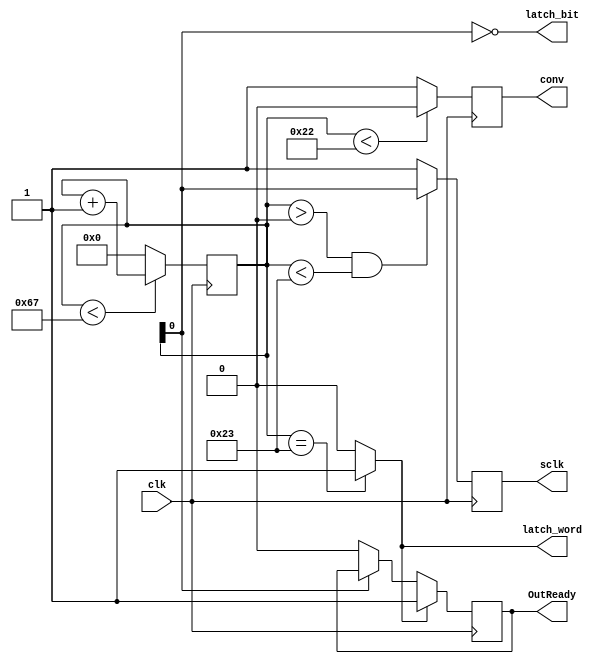
/* -*- Mode: Verilog; tab-width: 4; indent-tabs-mode: nil; c-basic-offset: 4 -*-   */
/* ex: set filetype=v softtabstop=4 shiftwidth=4 tabstop=4 cindent expandtab:      */

/*******************************************************************************
 *
 * Copyright(C) 2011-2022 ERC CISST, Johns Hopkins University.
 *
 * Module: LTC1864x4
 *
 * Purpose: Reads data from a group of 4 LTC2601 set up with common
 *          conv & sclk inputs and providing 4 discrete data outputs.
 *          The common conv & sclk are handled by a separate module
 *          (LTC1864SPI) to allow more common channels.
 *
 * Theory of operation:
 *     Conversion is initiated by taking the conv line high for at least
 *     4.66 us, followed by taking conv low and clocking out the 16-bit
 *     data. Data is sampled by the Sample & Hold while conv is low.
 *     The value is latched at the rising edge of conv and the data
 *     is converted over the next 4.66 us. During this time the clock
 *     is supposed to be static.
 *
 *     The above is implemented by having a free running counter that
 *     counts from 0 to 0x67 and then rolls over. The conv signal is
 *     low for the first 0x22 counts and high for the remaining 0x46.
 *
 *     sclk is high by default. After providing a setup time for conv
 *     sclk pulses low for a clock following counts 2 4 6......0x22,
 *     resulting in 16 pulses.
 *
 *     The incoming data is continuously shifted into 4 shift registers
 *     on every other count.
 *
 *     On the 0x23 count, the value of the shift registers is latched
 *     as the latest A2D value for the respective channel.
 *
 * Revision history
 *     07/15/10                        Initial revision - MfgTest
 *     11/14/11    Paul Thienphrapa    Initial revision
 *     12/17/22    Peter Kazanzides    Move sclk/conv code to Ltc1864SPI
 */

module Ltc1864SPI(
    input clk,                // input clock (<20 MHz, >50 ns)
    output reg sclk,          // sclk signal to all the ADCs
    output reg conv,          // conv signal to all the ADCs
    output reg OutReady,      // 1 -> New ADC values available
    output wire latch_bit,    // bit is ready on MISO
    output wire latch_word    // entire word can be latched
);

    initial conv = 1'b1;
    initial sclk = 1'b1;

    reg[6:0] seqn;            // Master sequence counter
    initial seqn = 0;

    assign latch_bit = ~seqn[0];
    assign latch_word = (seqn == 7'h23) ? 1'b1 : 1'b0;

always @(posedge(clk))
begin
    seqn <= (seqn<7'h67) ? (seqn+1'b1) : 1'b0;
    conv <= (seqn<7'h22) ? 1'b0 : 1'b1;
    sclk <= ((seqn>7'h00)&&(seqn<7'h23)) ? seqn[0] : 1'b1;
    if (latch_bit) OutReady <= 1'b0;
    if (latch_word) OutReady <= 1'b1;
end

endmodule

// Sample 4 ADCs. Since the common SPI sclk and conv signals have been moved
// to a separate module, this could now be implemented as a generate block to
// sample any number of channels. But, currently, it is only necessary to
// sample in multiples of 4 (e.g., 4 for QLA and 8 for DQLA).

module Ltc1864x4(
    input clk,                // input clock (<20 MHz, >50 ns)
    output reg[15:0] Out1,    // ADC values captured from the four channels
    output reg[15:0] Out2,
    output reg[15:0] Out3,
    output reg[15:0] Out4,
    input wire latch_bit,     // 1 -> sample the bit from miso
    input wire latch_word,    // 1 -> latch the 16-bit word
    input wire[3:0] miso      // miso inputs from the ADC
);

    reg[15:0] Dat1, Dat2;     // Running shift registers for the 4 channels
    reg[15:0] Dat3, Dat4;

always @(posedge(clk))
begin
    // Continuously capture incoming data on every alternating input sequence
    if (latch_bit) begin
        Dat1 <= { Dat1[14:0], miso[0] };
        Dat2 <= { Dat2[14:0], miso[1] };
        Dat3 <= { Dat3[14:0], miso[2] };
        Dat4 <= { Dat4[14:0], miso[3] };
    end

    // Capture data from shift registers right after last bit shifted in
    if (latch_word) begin
        Out1 <= Dat1;
        Out2 <= Dat2;
        Out3 <= Dat3;
        Out4 <= Dat4;
    end
end

endmodule